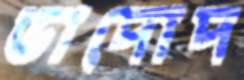
ভাদোদ